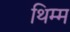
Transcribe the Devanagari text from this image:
थिम्म